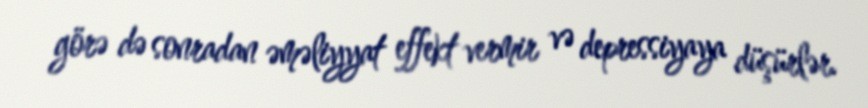
görə də sonradan əməliyyat effekt vermir və depressiyaya düşürlər.